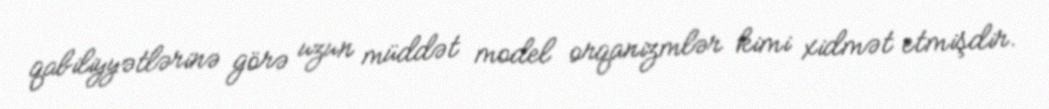
qabiliyyətlərinə görə uzun müddət model orqanizmlər kimi xidmət etmişdir.